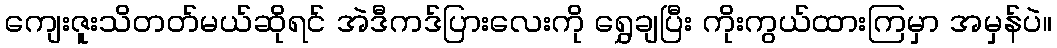
ကျေးဇူးသိတတ်မယ်ဆိုရင် အဲဒီကဒ်ပြားလေးကို ရွှေချပြီး ကိုးကွယ်ထားကြမှာ အမှန်ပဲ။